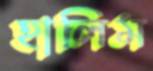
হালিম